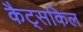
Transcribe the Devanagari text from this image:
कैट्सकिल